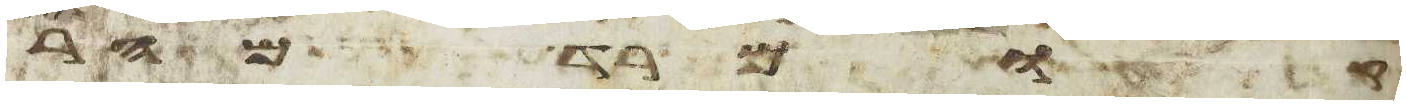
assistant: רד מהר